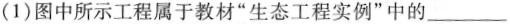
(1)图中所示工程属于教材”生态工程实例”中的___